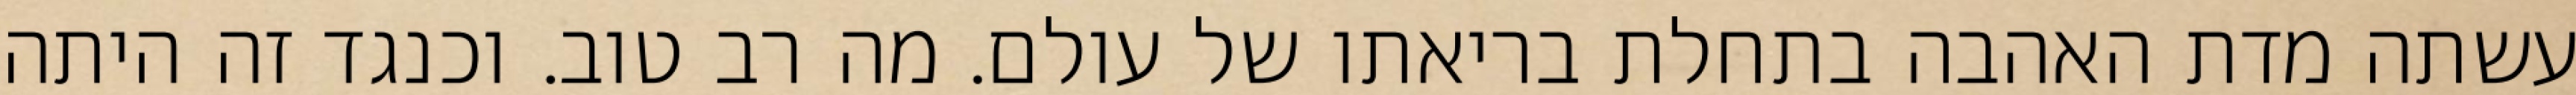
עשתה מדת האהבה בתחלת בריאתו של עולם. מה רב טוב. וכנגד זה היתה